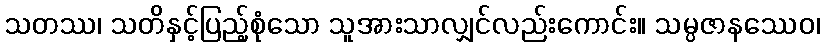
သတဿ၊ သတိနှင့်ပြည့်စုံသော သူအားသာလျှင်လည်းကောင်း။ သမ္ပဇာနဿေဝ၊